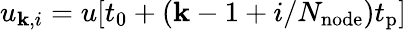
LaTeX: u_{\mathbf{k},i}=u[t_{0}+(\mathbf{k}-1+i/N_{\mathrm{{node}}})t_{\mathrm{{p}}}]